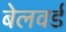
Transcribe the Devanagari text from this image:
बेलवर्ड